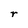
Character: r